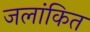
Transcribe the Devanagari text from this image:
जलांकित